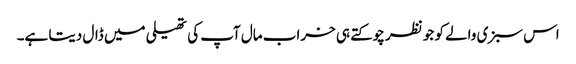
اس سبزی والے کو جو نظر چوکتے ہی خراب مال آپ کی تھیلی میں ڈال دیتا ہے۔